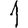
Digit: 1